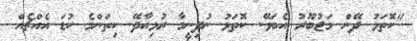
"ކޮތަޅު ދޭން މަޖުބޫރު އެބަވޭ. ކޮތަޅު ނުދިނީމާ ރުޅިއާދޭ. ކިތަންމެ ކުޑަ އެއްޗެއް